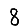
Digit: 8